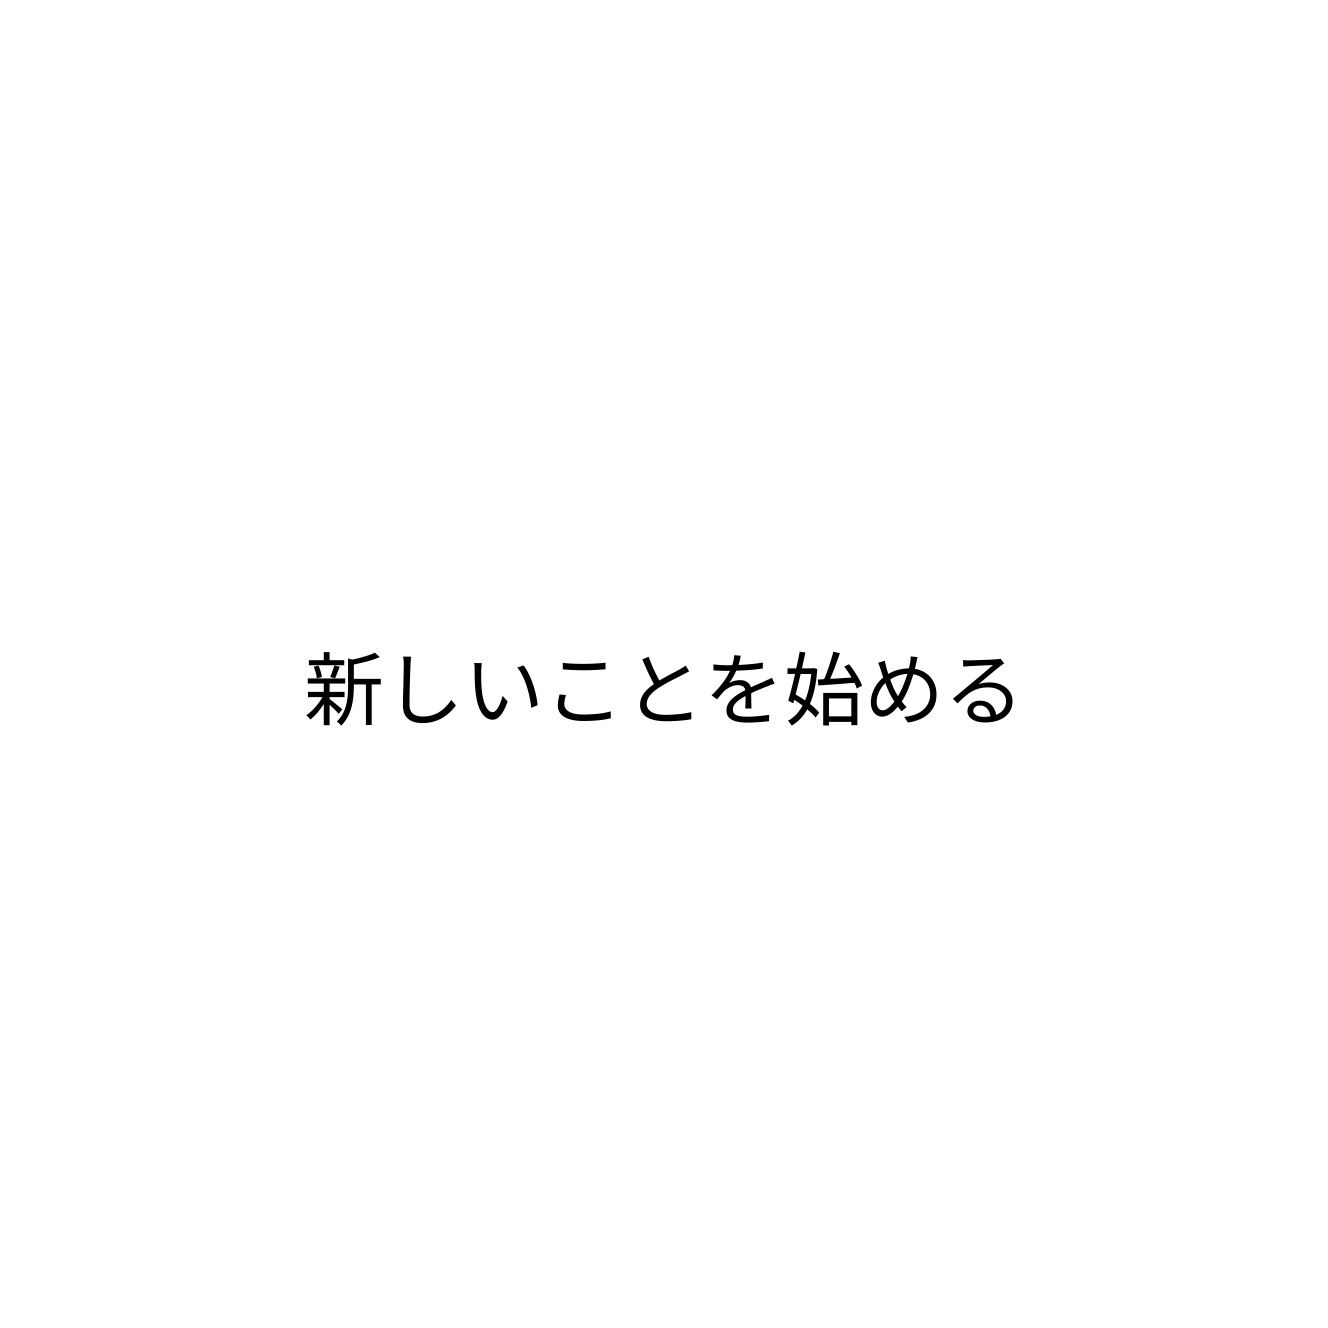
新しいことを始める